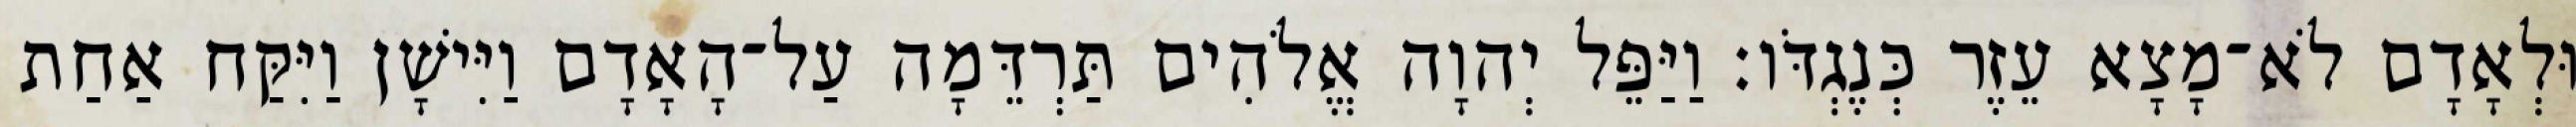
וּלְאָדָם לֹא־מָצָא עֵזֶר כְּנֶגְדֹּו׃ וַיַּפֵּל יְהוָה אֱלֹהִים תַּרְדֵּמָה עַל־הָאָדָם וַיִּישָׁן וַיִּקַּח אַחַת